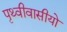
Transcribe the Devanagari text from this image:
पृथ्वीवासीयो